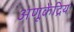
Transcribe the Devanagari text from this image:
अणूकेंद्रिय